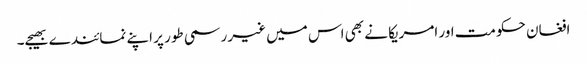
افغان حکومت اور امریکا نے بھی اس میں غیر رسمی طور پر اپنے نمائندے بھیجے۔